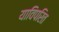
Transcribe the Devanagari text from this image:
याविपरित